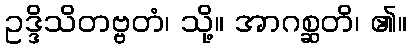
ဥဒ္ဒိသိတဗ္ဗတံ၊ သို့။ အာဂစ္ဆတိ၊ ၏။